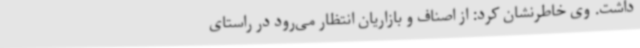
داشت. وی خاطرنشان کرد: از اصناف و بازاریان انتظار می‌رود در راستای